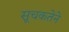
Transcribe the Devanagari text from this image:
सूचकतेने